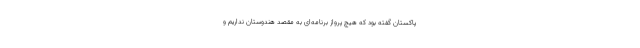
پاکستان گفته بود که هیچ پرواز برنامه‌ای به مقصد هندوستان نداریم و